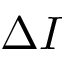
\Delta I